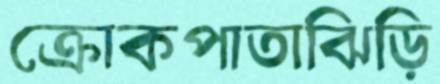
ক্রোকপাতাঝিড়ি